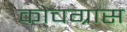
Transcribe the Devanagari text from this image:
कोचग्रास